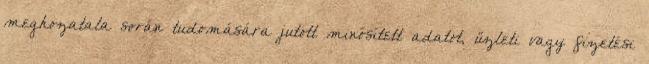
meghozatala során tudomására jutott minősített adatot, üzleti vagy fizetési